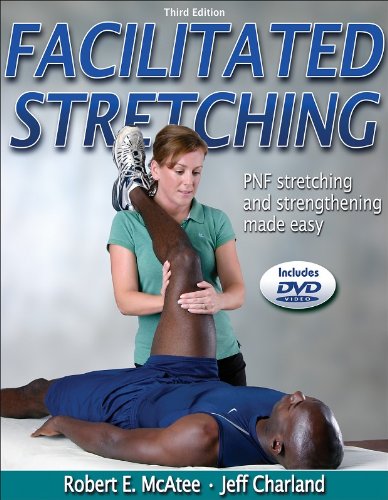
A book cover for Facilitated Stretching - 3rd Edition; Robert McAtee; Health, Fitness & Dieting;